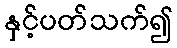
နှင့်ပတ်သက်၍